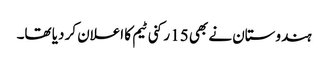
ہندوستان نے بھی 15 رکنی ٹیم کا اعلان کر دیا تھا۔